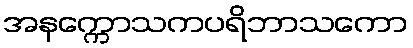
အနက္ကောသကပရိဘာသကော